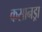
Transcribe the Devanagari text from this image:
कसानड्रा